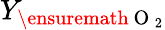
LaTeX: Y_{\ensuremath{\mathrm{~O~}_{2}}}